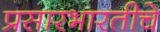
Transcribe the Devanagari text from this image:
प्रसारभारतीचे